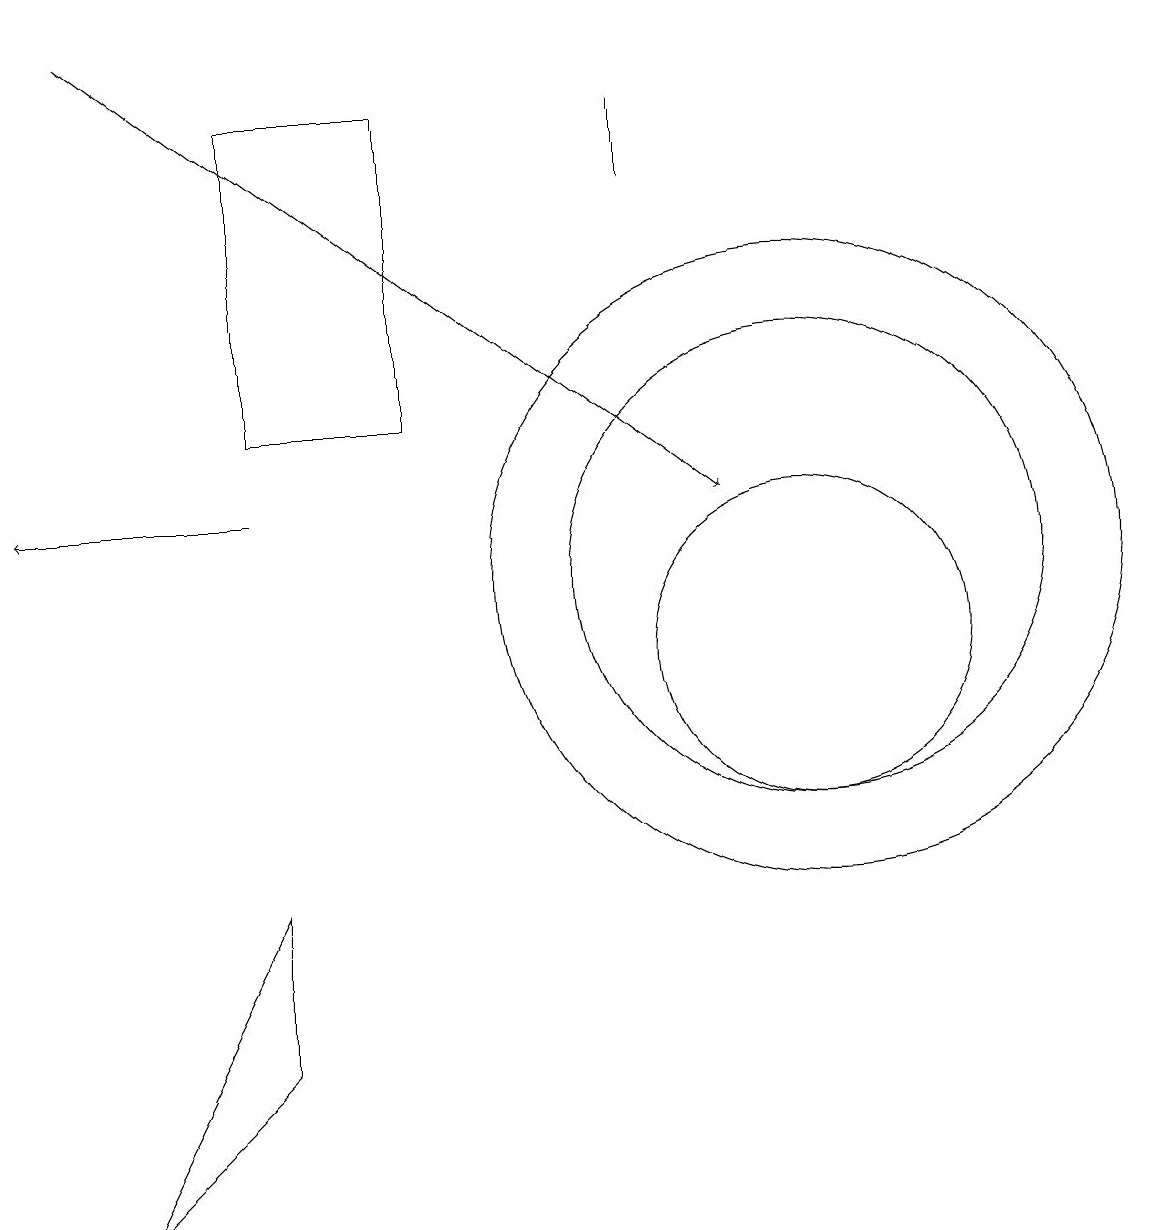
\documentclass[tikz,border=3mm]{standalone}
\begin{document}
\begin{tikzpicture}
\draw (3,7) -- (3,5) -- (1,3) -- cycle;
\draw (10,11) circle (3);
\draw[->] (3,12) -- (0,12);
\draw (10,11) circle (4);
\draw (10,10) circle (2);
\draw[->] (1,18) -- (9,12);
\draw (8,16) rectangle (8,17);
\draw (5,17) rectangle (3,13);
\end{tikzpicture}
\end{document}